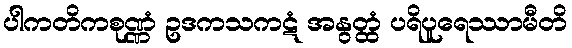
ပါကတိကစုဏ္ဏံ ဥဒကသကဋံ အနွတ္ထံ ပရိပူရေဿာမီတိ